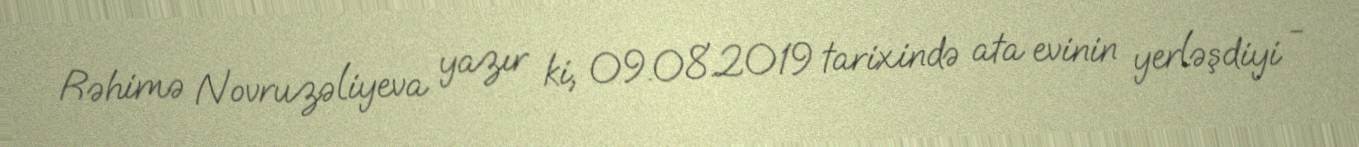
Rəhimə Novruzəliyeva yazır ki, 09.08.2019 tarixində ata evinin yerləşdiyi -